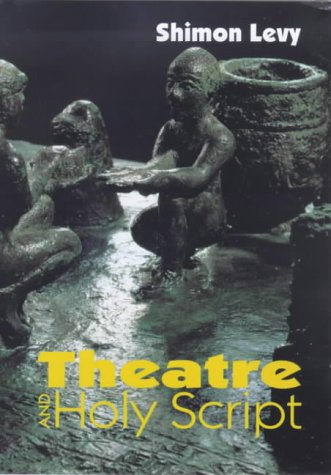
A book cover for Theatre and Holy Script; Literature & Fiction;